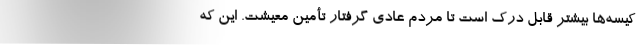
کیسه‌ها بیشتر قابل درک است تا مردم عادیِ گرفتار تأمین معیشت. این که